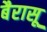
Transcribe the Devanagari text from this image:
बैरासू